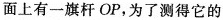
面上有一旗杆OP，为了测得它的